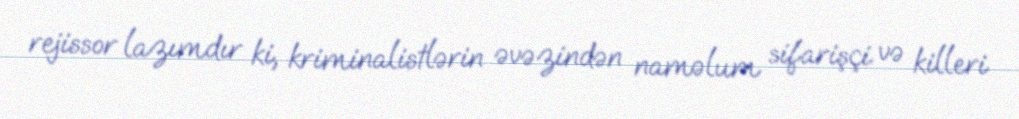
rejissor lazımdır ki, kriminalistlərin əvəzindən naməlum sifarişçi və killeri